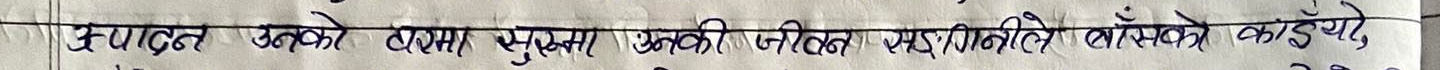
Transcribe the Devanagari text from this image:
उत्पादन उनको बारेमा सुरक्षा उनको निजस्व र गोपनीयता बाँस्के कोई ये,